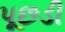
પૂછડી